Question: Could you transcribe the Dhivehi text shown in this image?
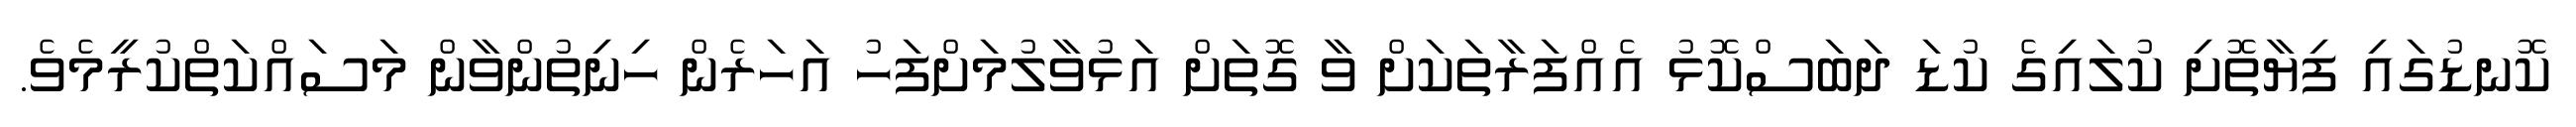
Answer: ކޮނޑުގައި ފިޔާތޮށި ކުލައިގެ ކުޑަ ދަބަސްކޮޅު އެއްފަރާތަކަށް ވާ ގޮތަށް އަޅުވާލުމަށްފަހު އަހަރެން ހިނިތުންވާން މަސައްކަތްކުރީމެވެ.